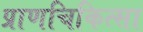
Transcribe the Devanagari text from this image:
प्राणचिकित्सा